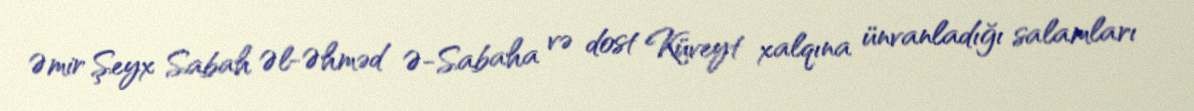
Əmir Şeyx Sabah Əl-Əhməd Ə-Sabaha və dost Küveyt xalqına ünvanladığı salamları